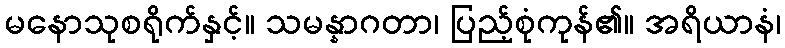
မနောသုစရိုက်နှင့်။ သမန္နာဂတာ၊ ပြည့်စုံကုန်၏။ အရိယာနံ၊